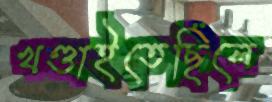
খণ্ডাইতেছিলে